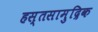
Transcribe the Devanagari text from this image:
हस्तसामुद्रिक